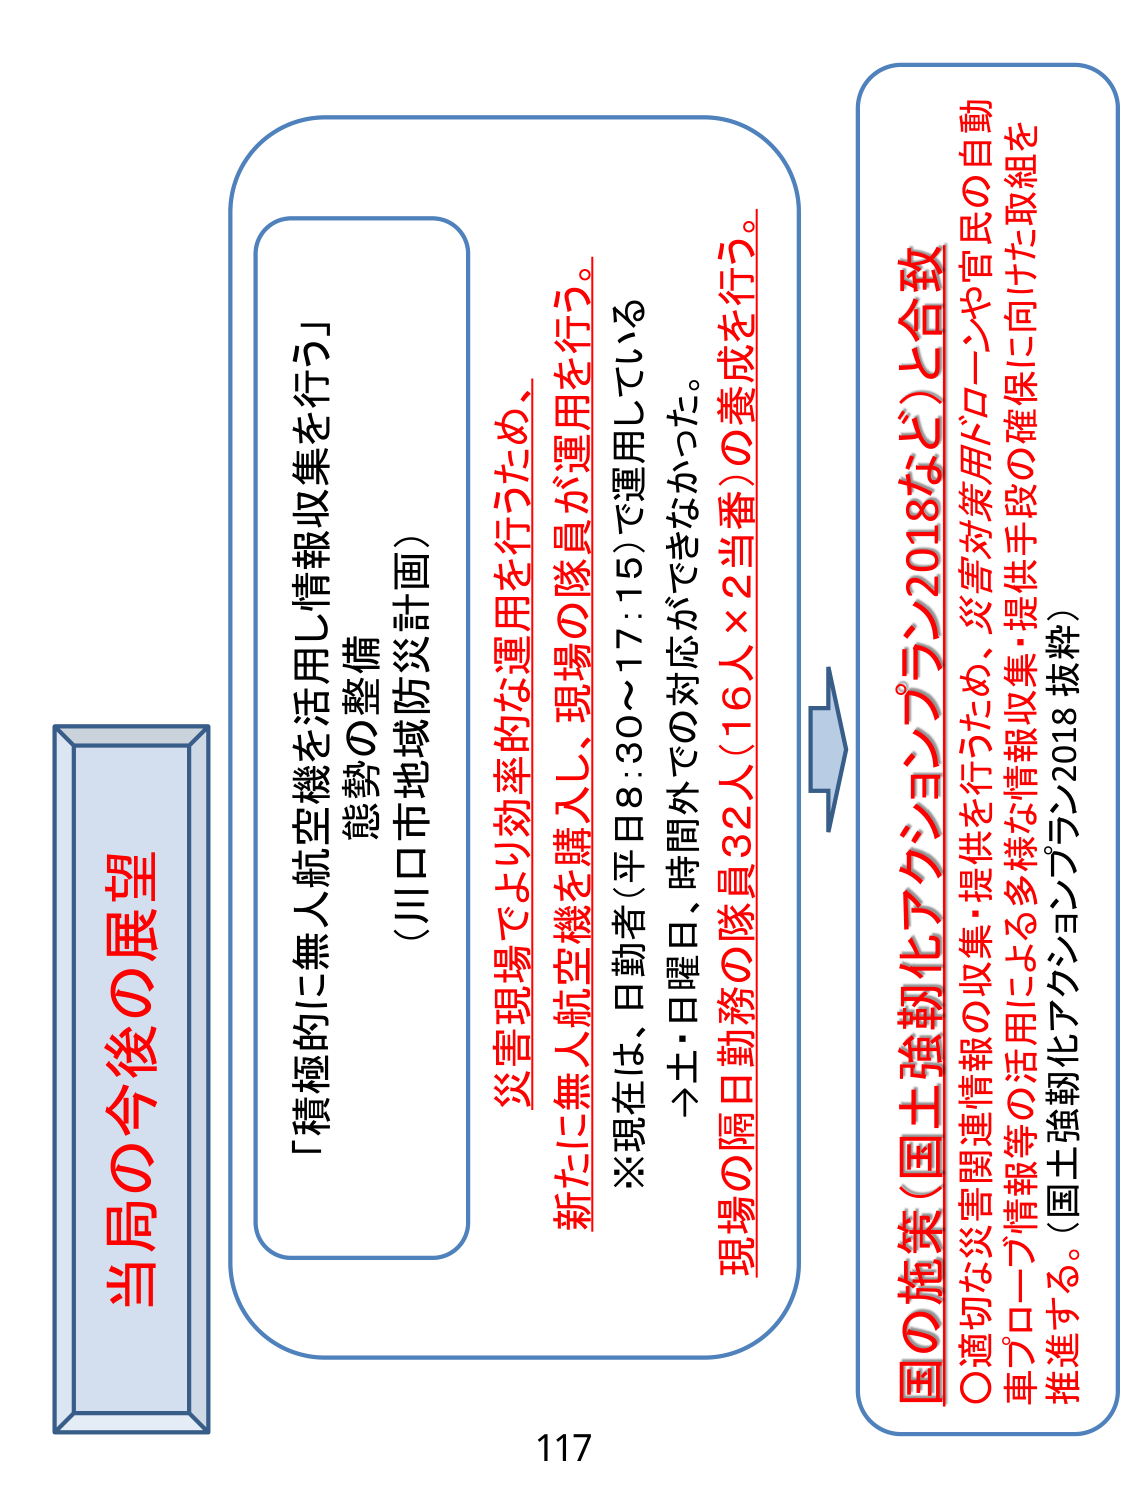
当局の今後の展望

「積極的に無人航空機を活用し情報収集を行う」
態勢の整備
（川口市地域防災計画）

災害現場でより効率的な運用を行うため、
新たに無人航空機を購入し、現場の隊員が運用を行う。
※現在は、日勤者（平日8:30～17:15）で運用している
→土・日曜日、時間外での対応ができなかった。
現場の隔日勤務の隊員32人（16人×2当番）の養成を行う。

国の施策（国土強靭化アクションプラン2018など）と合致
〇適切な災害関連情報の収集・提供を行うため、災害対策用ドローンや官民の自動
車プローブ情報等の活用による多様な情報収集・提供手段の確保に向けた取組を
推進する。（国土強靭化アクションプラン2018 抜粋）

117